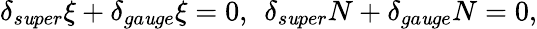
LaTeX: \delta_{s\mathit{u}per}\xi+\delta_{ga\mathit{u}ge}\xi=0,\: \: \delta_{s\mathit{u}per}N+\delta_{ga\mathit{u}ge}N=0,